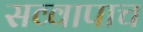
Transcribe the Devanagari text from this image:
सव्वापाच